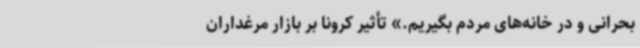
بحرانی و در خانه‌های مردم بگیریم.» تأثیر کرونا بر بازار مرغداران